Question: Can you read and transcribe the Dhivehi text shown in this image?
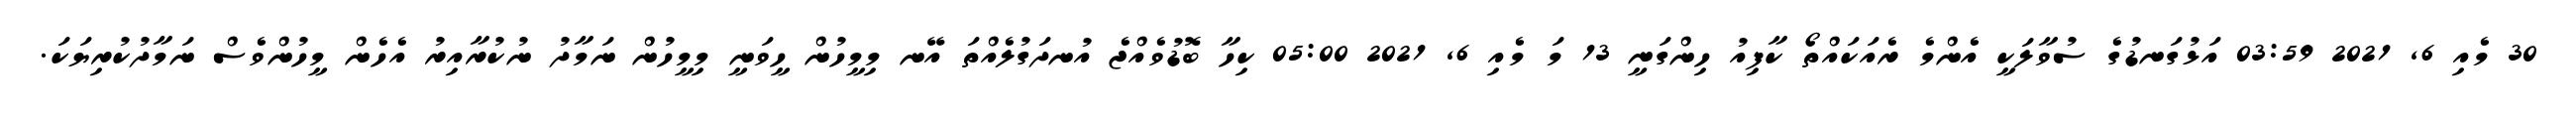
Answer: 30 މެއި 6, 2021 03:59 އަޅުގަނޑުގެ ސުވާލަކީ އެންމެ ރެއަކައްތޯ ކާފިއު ހިންގަނީ 13 މަ މެއި 6, 2021 05:00 ކިހާ ބޮޑުވެއްޖެ އުނދަގުލެއްތަ އޭނ މިމީހުން ހީވަނީ މިމީހުން ނަމާދު ނުކުރާއިރު އެހެން މީހުންވެސް ނަމާދުކުރިޔަކަ.